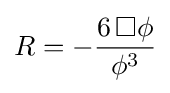
R=-{\frac {6\,\Box \phi }{\phi ^{3}}}